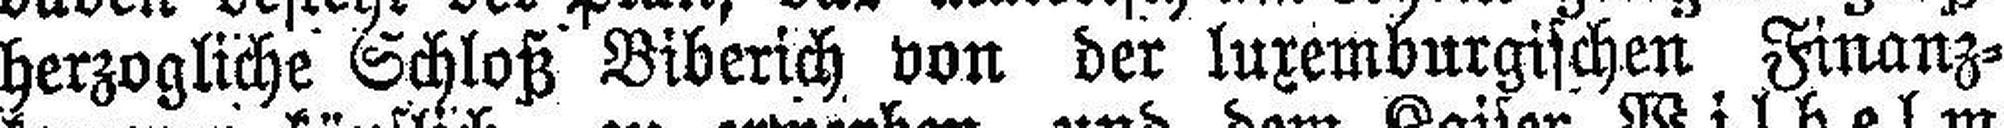
herzogliche Schloß Biberich von der luxemburgischen Finanz¬